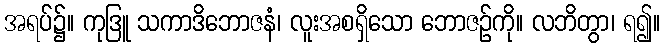
အရပ်၌။ ကုဒြူ သကာဒိဘောဇနံ၊ လူးအစရှိသော ဘောဇဉ်ကို။ လဘိတွာ၊ ရ၍။